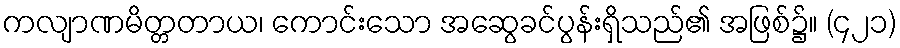
ကလျာဏမိတ္တတာယ၊ ကောင်းသော အဆွေခင်ပွန်းရှိသည်၏ အဖြစ်၌။ (၄၂၁)